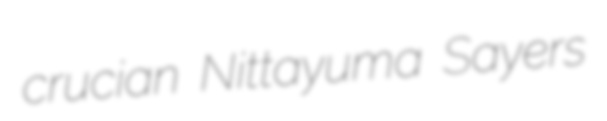
crucian Nittayuma Sayers